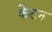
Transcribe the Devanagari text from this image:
केटन